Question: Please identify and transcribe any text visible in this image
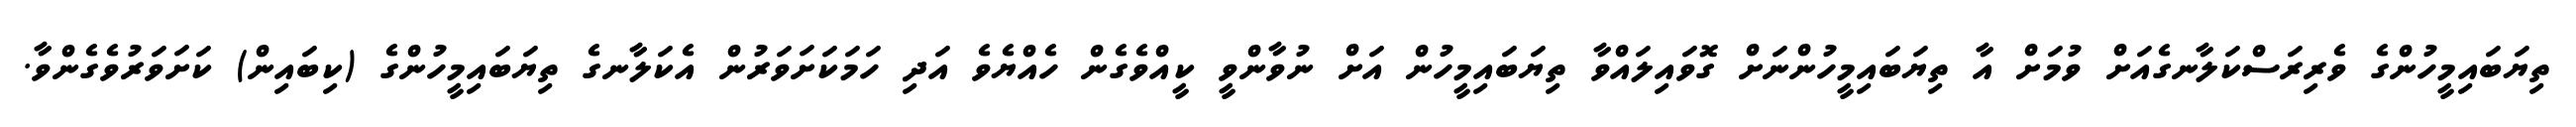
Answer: ތިޔަބައިމީހުންގެ ވެރިރަސްކަލާނގެއަށް ވުމަށް އާ ތިޔަބައިމީހުންނަށް ގޮވައިލައްވާ ތިޔަބައިމީހުން އަށް ނުވާންވީ ކީއްވެގެން ހެއްޔެވެ އަދި ހަމަކަށަވަރުން އެކަލާނގެ ތިޔަބައިމީހުންގެ (ކިބައިން) ކަށަވަރުވެގެންވާ.